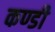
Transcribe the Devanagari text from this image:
कण्डी